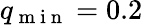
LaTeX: q_{\mathrm{~m~i~n~}}=0.2